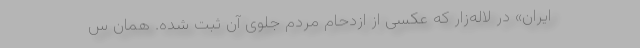
ایران» در لاله‌زار که عکسی از ازدحام مردم جلوی آن ثبت شده. همان س